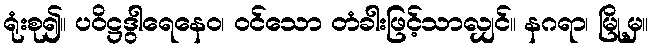
ရုံးစု၍။ ပဝိဋ္ဌဒွါရေနေဝ၊ ဝင်သော တံခါးဖြင့်သာလျှင်။ နဂရာ၊ မြို့မှ။